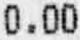
0.00